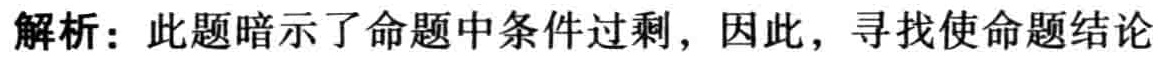
解析：此题暗示了命题中条件过剩，因此，寻找使命题结论